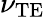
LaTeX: \nu_{\textrm{TE}}